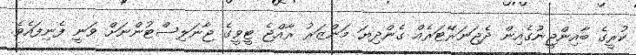
ކުރީގެ ބާއިންޖީނުގެއިން ދެޖަނަރޭޓަރެއް ގެންދިޔަ މަންޒަރު ރާއްޖެ ޓީވީގެ ޖާނަލިސްޓުންނަށް ވަނީ ފެނިފައެވެ.